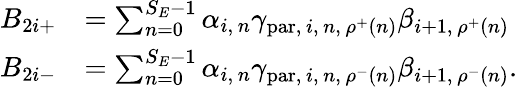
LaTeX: \begin{array}{rl}{B_{2i+}}&{=\sum_{n=0}^{S_{E}-1}\alpha_{i,\, n}\gamma_{\mathrm{par},\, i,\, n,\, \rho^{+}(n)}\beta_{i+1,\, \rho^{+}(n)}}\\ {B_{2i-}}&{=\sum_{n=0}^{S_{E}-1}\alpha_{i,\, n}\gamma_{\mathrm{par},\, i,\, n,\, \rho^{-}(n)}\beta_{i+1,\, \rho^{-}(n)}.}\end{array}